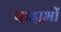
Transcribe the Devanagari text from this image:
पादाभों